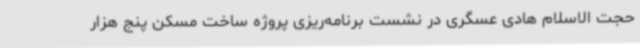
حجت الاسلام هادی عسگری در نشست برنامه‌ریزی پروژه ساخت مسکن پنج هزار